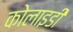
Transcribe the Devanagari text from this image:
कोलाइडी